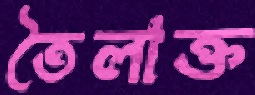
তৈলাক্ত